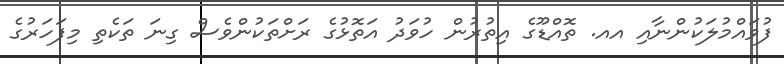
ފުވައްމުލަކުންނާއި އއ. ތޮއްޑޫގެ އިތުރުން ހުވަދު އަތޮޅުގެ ރަށްތަކުންވެސް ގިނަ ތަކެތި މިފަހަރުގެ